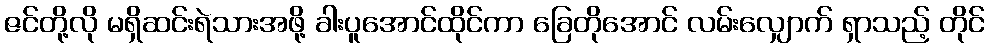
ဇင်တို့လို မရှိဆင်းရဲသားအဖို့ ခါးပူအောင်ထိုင်ကာ ခြေတိုအောင် လမ်းလျှောက် ရှာသည့် တိုင်